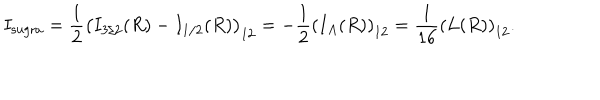
I _ { \mathrm { s u g r a } } = { \frac { 1 } { 2 } } \left( I _ { 3 / 2 } ( R ) - I _ { 1 / 2 } ( R ) \right) _ { 1 2 } = - { \frac { 1 } { 2 } } \left( I _ { A } ( R ) \right) _ { 1 2 } = { \frac { 1 } { 1 6 } } \left( L ( R ) \right) _ { 1 2 } .